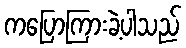
ကပြောကြားခဲ့ပါသည်